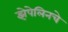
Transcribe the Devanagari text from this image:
झेपेलिनचे